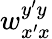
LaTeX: w_{x^{\prime}x}^{y^{\prime}y}